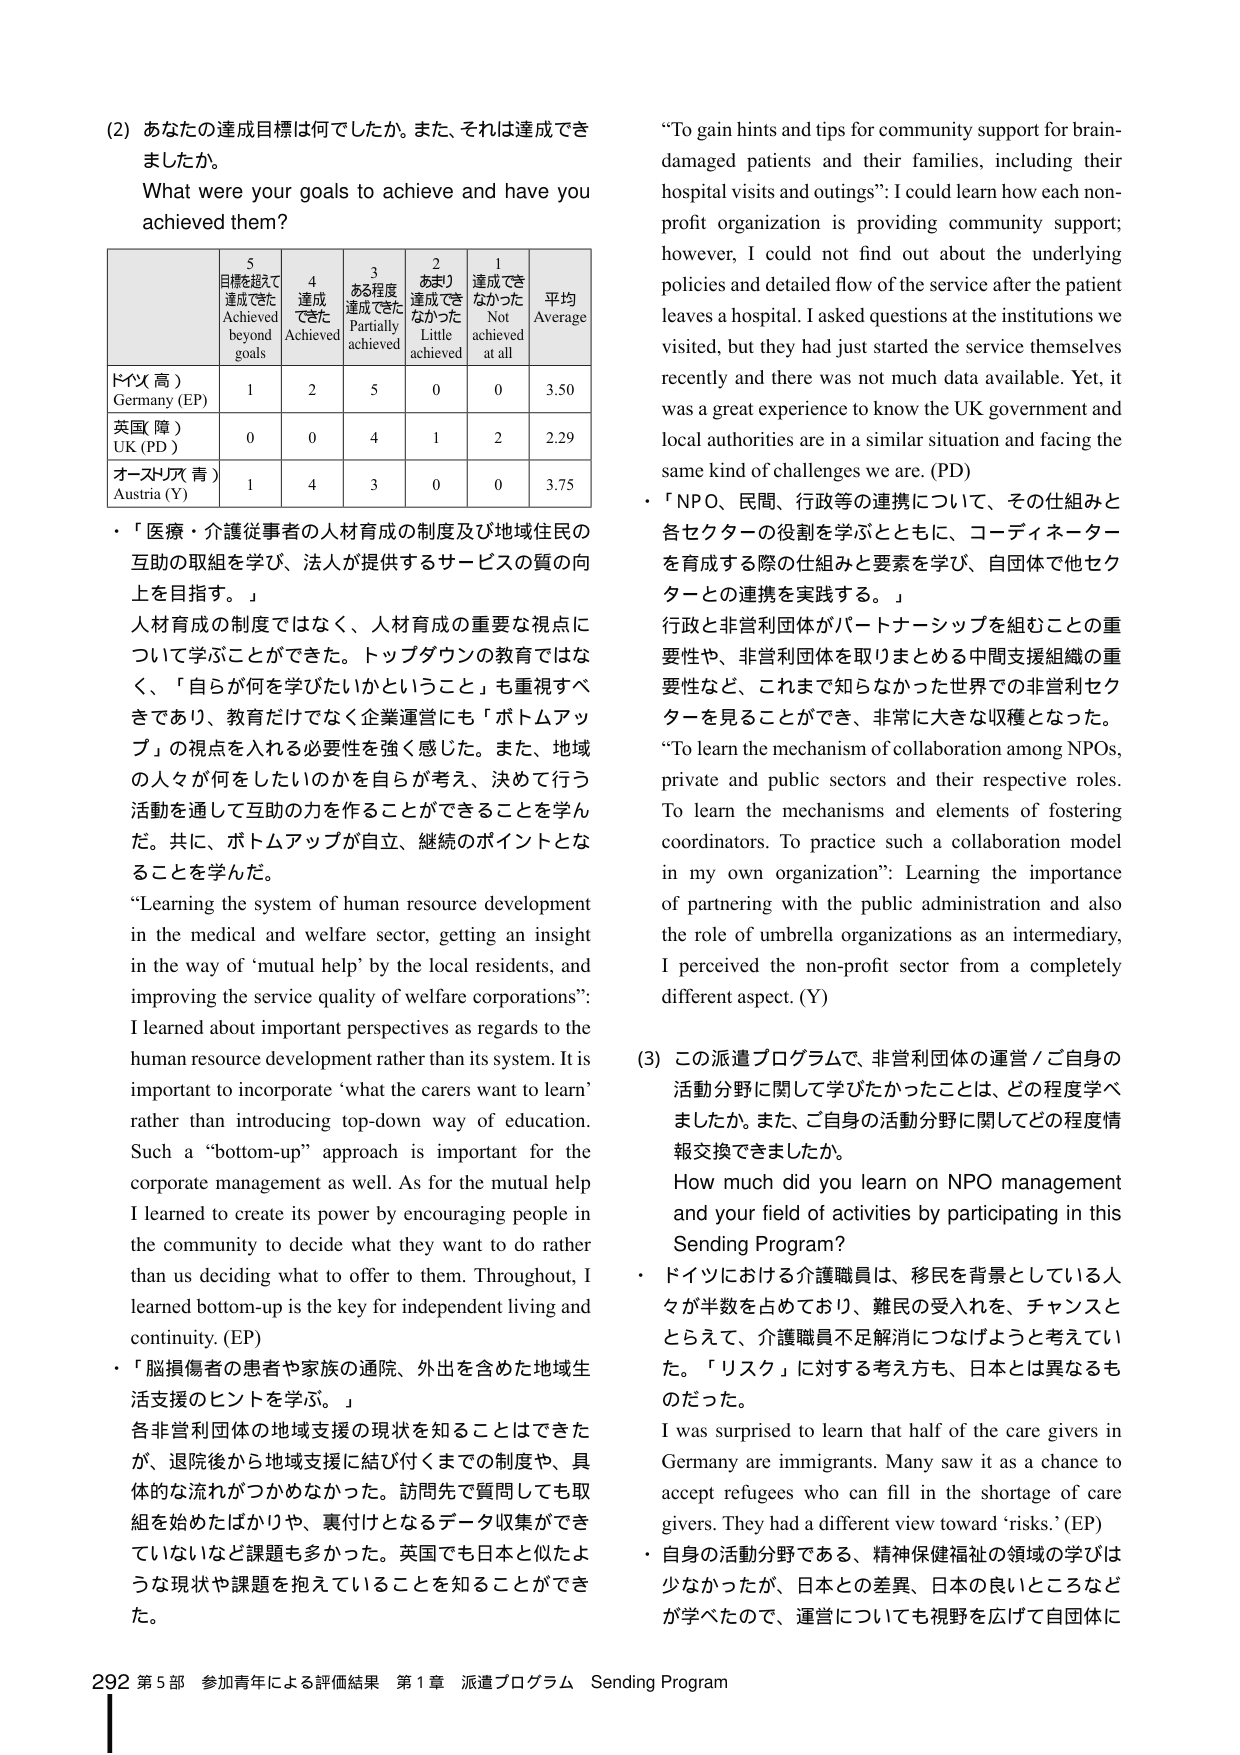
(2) あなたの達成目標は何でしたか。また、それは達成できましたか。
What were your goals to achieve and have you achieved them?

5 目標を超えて達成できた
Achieved beyond goals
4 達成できた
Achieved
3 ある程度達成できた
Partially achieved
2 あまり達成できなかった
Little achieved
1 達成できなかった
Not achieved at all
平均
Average

ドイツ（高）
Germany (EP)
1 2 5 0 0 3.50

英国（障）
UK (PD)
0 0 4 1 2 2.29

オーストリア（青）
Austria (Y)
1 4 3 0 0 3.75

・「医療・介護従事者の人材育成の制度及び地域住民の互助の取組を学び、法人が提供するサービスの質の向上を目指す。」
人材育成の制度ではなく、人材育成の重要な視点について学ぶことができた。トップダウンの教育ではなく、「自らが何を学びたいかということ」も重視すべきであり、教育だけでなく企業運営にも「ボトムアップ」の視点を入れる必要性を強く感じた。また、地域の人々が何をしたいのかを自らが考え、決めて行う活動を通じて互助の力を作ることができるることを学んだ。共に、ボトムアップが自立、継続のポイントとなることを学んだ。

“Learning the system of human resource development in the medical and welfare sector, getting an insight in the way of ‘mutual help’ by the local residents, and improving the service quality of welfare corporations”: I learned about important perspectives as regards to the human resource development rather than its system. It is important to incorporate ‘what the carers want to learn’ rather than introducing top-down way of education. Such a “bottom-up” approach is important for the corporate management as well. As for the mutual help I learned to create its power by encouraging people in the community to decide what they want to do rather than us deciding what to offer to them. Throughout, I learned bottom-up is the key for independent living and continuity. (EP)

・「脳損傷者の患者や家族の通院、外出を含めた地域生活支援のヒントを学ぶ。」
各非営利団体の地域支援の現状を知ることはできたが、退院後から地域支援に結び付くまでの制度や、具体的な流れがつかめなかった。訪問先で質問しても取組を始めたばかりや、裏付けとなるデータ収集ができていないなど課題も多かった。英国でも日本と似たような現状や課題を抱えていることを知ることができた。

“To gain hints and tips for community support for brain-damaged patients and their families, including their hospital visits and outings”: I could learn how each non-profit organization is providing community support; however, I could not find out about the underlying policies and detailed flow of the service after the patient leaves a hospital. I asked questions at the institutions we visited, but they had just started the service themselves recently and there was not much data available. Yet, it was a great experience to know the UK government and local authorities are in a similar situation and facing the same kind of challenges we are. (PD)

・「NPO、民間、行政等の連携について、その仕組みと各セクターの役割を学ぶとともに、コーディネーターを育成する際の仕組みと要素を学び、自団体で他セクターとの連携を実践する。」
行政と非営利団体がパートナーシップを組むことの重要性や、非営利団体を取りまとめる中間支援組織の重要性など、これまで知らなかった世界での非営利セクターを見ることができ、非常に大きな収穫となった。

“To learn the mechanism of collaboration among NPOs, private and public sectors and their respective roles. To learn the mechanisms and elements of fostering coordinators. To practice such a collaboration model in my own organization”: Learning the importance of partnering with the public administration and also the role of umbrella organizations as an intermediary, I perceived the non-profit sector from a completely different aspect. (Y)

(3) この派遣プログラムで、非営利団体の運営／ご自身の活動分野に関して学びたかったことは、どの程度学べましたか。また、ご自身の活動分野に関してどの程度情報交換できましたか。
How much did you learn on NPO management and your field of activities by participating in this Sending Program?

・ドイツにおける介護職員は、移民を背景としている人々が半数を占めており、難民の受入れを、チャンスととらえて、介護職員不足解消につなげようと考えていた。「リスク」に対する考え方も、日本とは異なるものだった。
I was surprised to learn that half of the care givers in Germany are immigrants. Many saw it as a chance to accept refugees who can fill in the shortage of care givers. They had a different view toward ‘risks.’ (EP)

・自身の活動分野である、精神保健福祉の領域の学びは少なかったが、日本との差異、日本の良いところなどが学べたので、運営についても視野を広げて自団体に

292 第5部 参加青年による評価結果 第1章 派遣プログラム Sending Program